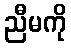
ညီမကို